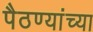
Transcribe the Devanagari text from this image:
पैठण्यांच्या